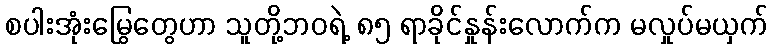
စပါးအုံးမြွေတွေဟာ သူတို့ဘဝရဲ့ ၈၅ ရာခိုင်နှုန်းလောက်က မလှုပ်မယှက်